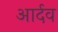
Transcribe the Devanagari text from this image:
आर्दव